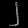
Digit: ၂